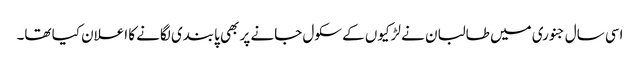
اسی سال جنوری میں طالبان نے لڑکیوں کے سکول جانے پر بھی پابندی لگانے کا اعلان کیا تھا۔